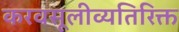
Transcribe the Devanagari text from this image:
करवसूलीव्यतिरिक्त